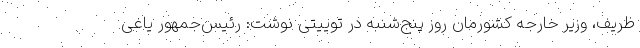
ظریف، وزیر خارجه کشورمان روز پنج‌شنبه در توییتی نوشت: رئیس‌جمهور یاغی